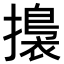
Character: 𢶑